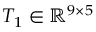
T _ { 1 } \in \mathbb { R } ^ { 9 \times 5 }